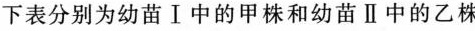
下表分别为幼苗Ⅰ中的甲株和幼苗Ⅱ中的乙株